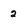
Character: 2